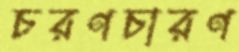
চরণচারণ